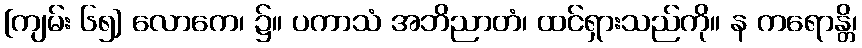
[ကျမ်း ၆၅] လောကေ၊ ၌။ ပကာသံ အဘိညာတံ၊ ထင်ရှားသည်ကို။ န ကရောန္တိ၊